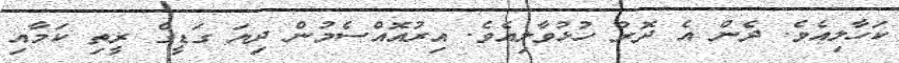
ކަހާލިއެވެ. ދެން އެ ދޮރު ހުޅުވާލިއެވެ. އިރުއޮއްސެމުން ދިޔަ ގަޑީގެ ރީތި ކަމާއި